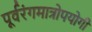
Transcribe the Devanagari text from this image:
पूर्वरंगमात्रोपयोगी